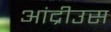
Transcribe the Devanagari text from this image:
आंद्रीउस